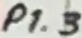
Text: P1.3